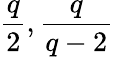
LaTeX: \frac{q}{2},\frac{q}{q-2}